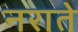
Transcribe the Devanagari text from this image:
नराते